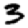
Digit: 3